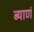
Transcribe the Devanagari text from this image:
ब्याणं